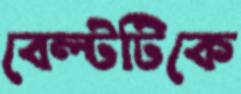
বেল্টটিকে